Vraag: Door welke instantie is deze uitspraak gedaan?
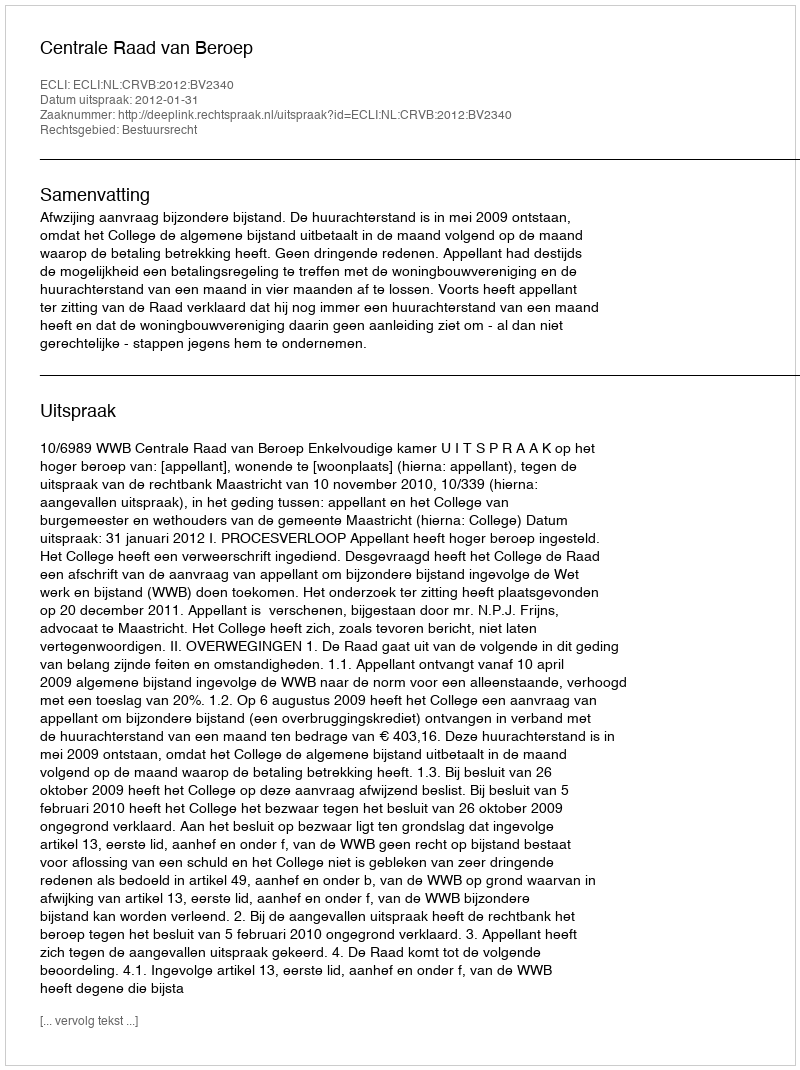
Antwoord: Centrale Raad van Beroep